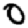
Digit: 0